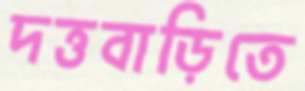
দত্তবাড়িতে